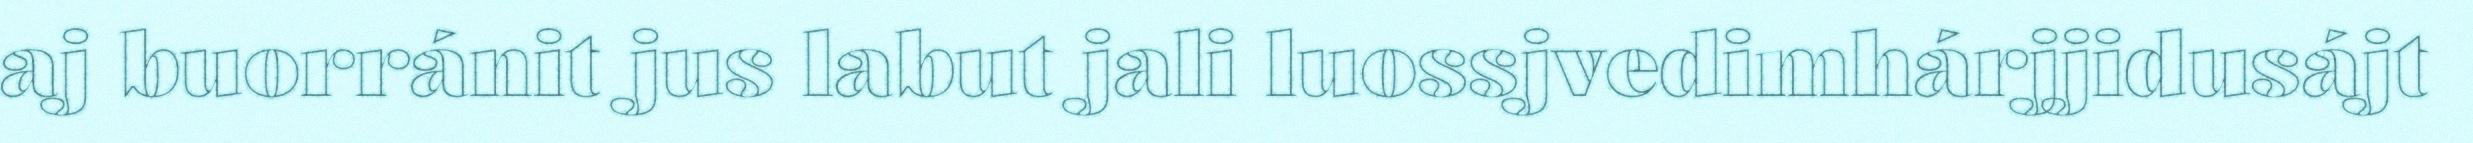
aj buorránit jus labut jali luossjvedimhárjjidusájt